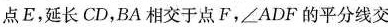
点E，延长CD，BA相交于点F，∠ADF的平分线交